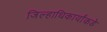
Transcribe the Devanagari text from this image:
जिल्हाधिकार्यांकडे